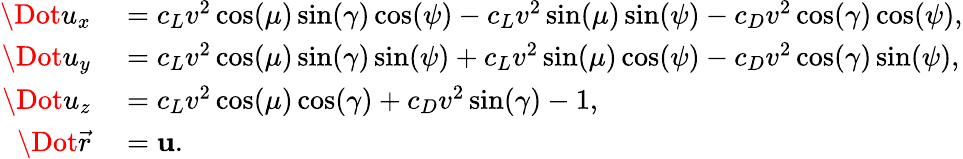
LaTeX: \begin{array}{rl}{\Dot{u}_{x}}&{{}=c_{L}v^{2}\cos(\mu)\sin(\gamma)\cos(\psi)-c_{L}v^{2}\sin(\mu)\sin(\psi)-c_{D}v^{2}\cos(\gamma)\cos(\psi),}\\ {\Dot{u}_{y}}&{{}=c_{L}v^{2}\cos(\mu)\sin(\gamma)\sin(\psi)+c_{L}v^{2}\sin(\mu)\cos(\psi)-c_{D}v^{2}\cos(\gamma)\sin(\psi),}\\ {\Dot{u}_{z}}&{{}=c_{L}v^{2}\cos(\mu)\cos(\gamma)+c_{D}v^{2}\sin(\gamma)-1,}\\ {\Dot{\vec{r}}}&{{}=\mathbf{u}.}\end{array}